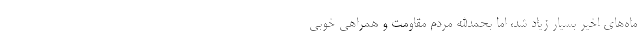
ماه‌های اخیر بسیار زیاد شد، اما بحمدالله مردم مقاومت و همراهی خوبی